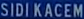
SIDI KACEM